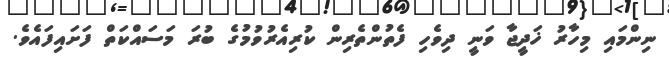
ނިންމައި މިހާރު ޚަދީޖާ ވަނީ ދިވެހި ފެތުންތެރިން ކުރިއެރުވުމުގެ ބުރަ މަސައްކަތް ފަށައިފައެވެ.